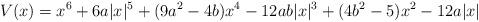
LaTeX: \begin{align*} V(x) = x^6 + 6a |x|^5 + (9a^2 - 4b) x^4 - 12ab |x|^3 + (4b^2 - 5) x^2 - 12a |x|\end{align*}